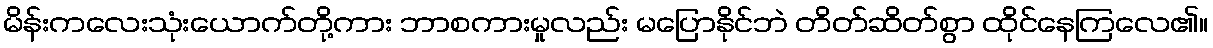
မိန်းကလေးသုံးယောက်တို့ကား ဘာစကားမှုလည်း မပြောနိုင်ဘဲ တိတ်ဆိတ်စွာ ထိုင်နေကြလေ၏။